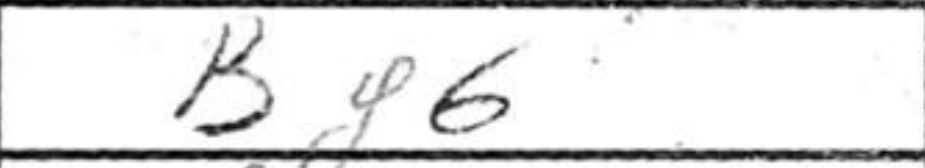
Transcription: Bf6